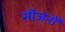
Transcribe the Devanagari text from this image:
सीज़नोंं